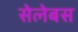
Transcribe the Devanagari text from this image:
सेलेबस